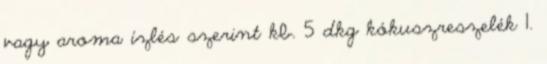
vagy aroma ízlés szerint kb. 5 dkg kókuszreszelék 1.